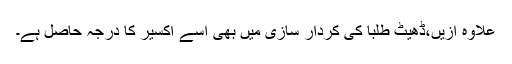
علاوه ازیں،ڈھیٹ طلبا کی کردار سازی میں بھی اسے اکسیر کا درجہ حاصل ہے۔